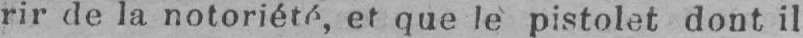
rir de la notoriété, et que le pistolet dont il